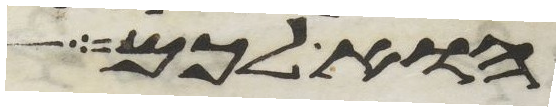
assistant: הוא לכם